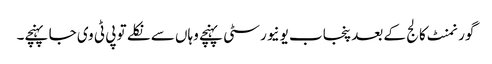
گورنمنٹ کالج کے بعد پنجاب یونیورسٹی پہنچے وہاں سے نکلے تو پی ٹی وی جا پہنچے۔